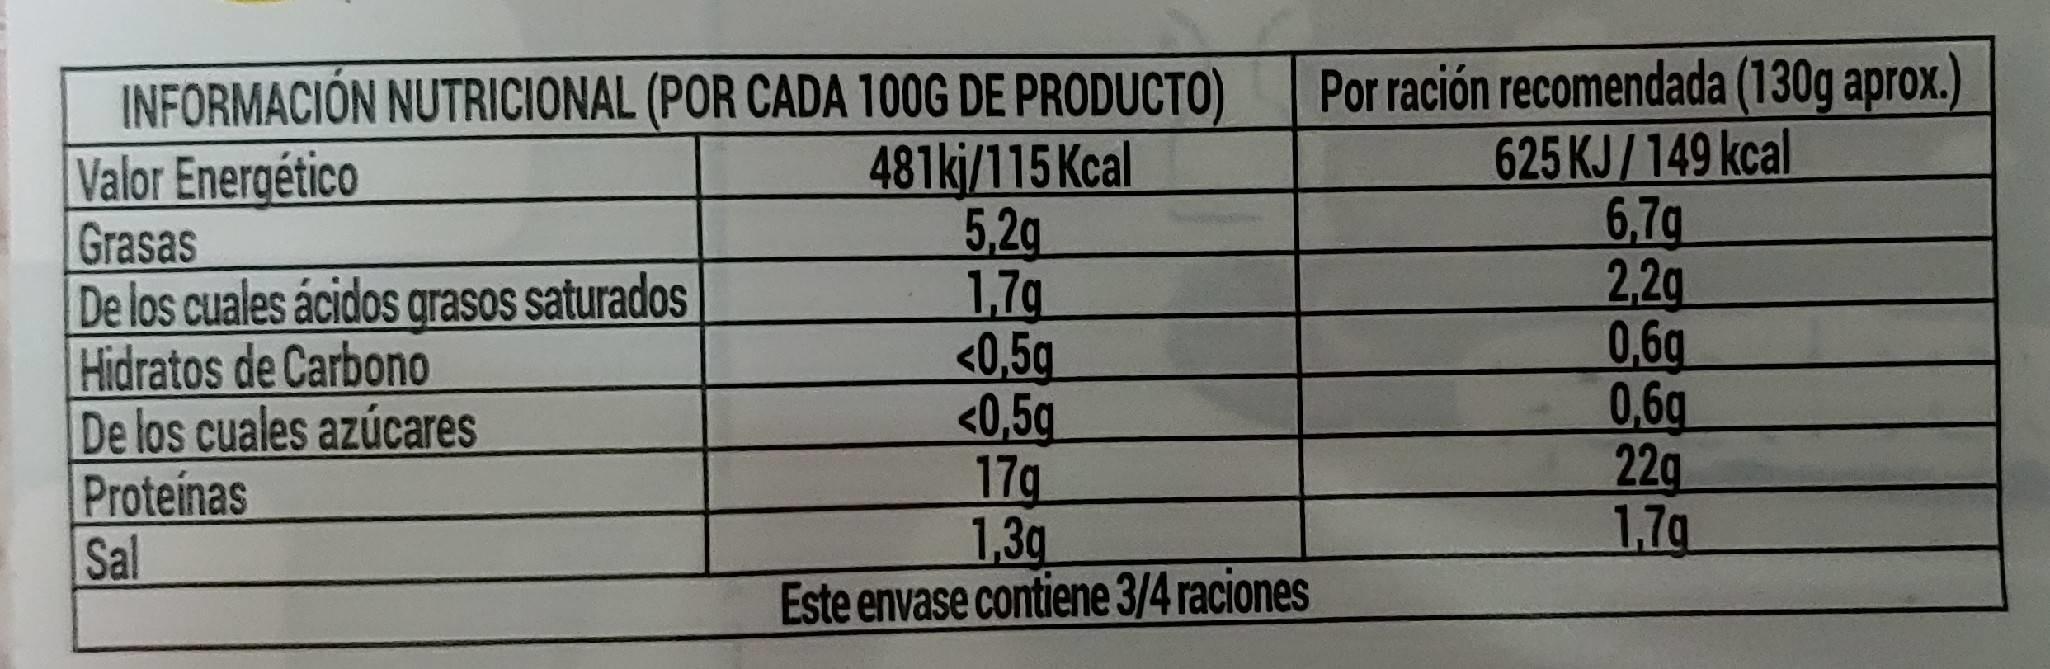
INFORMACIÓN NUTRICIONAL (POR CADA 100G DE PRODUCTO) Valor Energético Grasas De los cuales ácidos grasos saturados Hidratos de Carbono De los cuales azúcares Proteinas Sal
481kj/115 Kcal 5,2g 1,7g <0,5g <0,5g 17g 1,3g Este envase contiene 3/4 raciones
Por ración recomendada (130g aprox.) 625 KJ/149 kcal 6,7g 2,2g 0,6g 0,6g 22g 1.7g